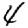
Digit: 4